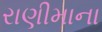
રાણીમાના